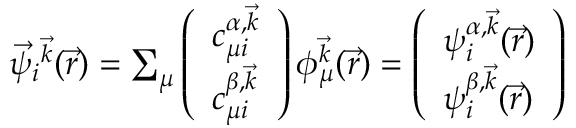
\begin{array} { r } { \vec { \psi } _ { i } { ^ { \vec { k } } } ( \vec { r } ) = \sum _ { \mu } \left( \begin{array} { l } { c _ { \mu i } ^ { \alpha , \vec { k } } } \\ { c _ { \mu i } ^ { \beta , \vec { k } } } \end{array} \right) \phi _ { \mu } ^ { \vec { k } } ( \vec { r } ) = \left( \begin{array} { l } { \psi _ { i } ^ { \alpha , \vec { k } } ( \vec { r } ) } \\ { \psi _ { i } ^ { \beta , \vec { k } } ( \vec { r } ) } \end{array} \right) } \end{array}